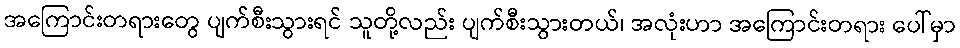
အကြောင်းတရားတွေ ပျက်စီးသွားရင် သူတို့လည်း ပျက်စီးသွားတယ်၊ အလုံးဟာ အကြောင်းတရား ပေါ်မှာ